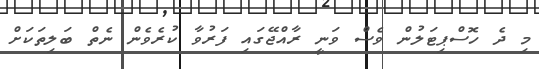
މި ދެ ހޮސްޕިޓަލުން ވެސް ވަނީ ރާއްޖޭގައި ފަރުވާ ކުރެވެން ނެތް ބަލިތަކަށް